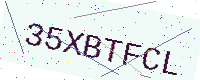
Text: 35XBTFCL